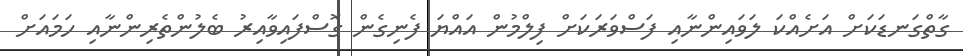
ގާތްގަނޑަކަށް އަށެއްކަ ލަވައިންނާއި ފަސްވަރަކަށް ފިލްމުން އައްޔަ ފެނިގެން ގޮސްފައިވާއިރު ބެލުންތެރިންނާއި ހަމައަށް